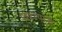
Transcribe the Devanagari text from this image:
प्रवक्त्यांनी